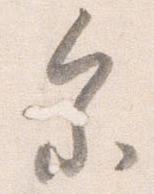
参